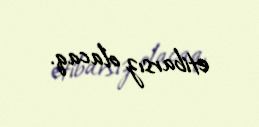
etibarsız olacaq.